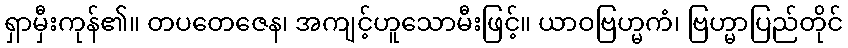
ရှာမှီးကုန်၏။ တပတေဇေန၊ အကျင့်ဟူသောမီးဖြင့်။ ယာဝဗြဟ္မကံ၊ ဗြဟ္မာပြည်တိုင်